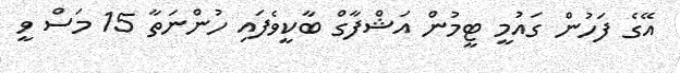
އޭގެ ފަހުން ގައުމީ ޓީމުން އަޝްފާގް ބާކީވެފައި ހުންނަތާ 15 މަސް ވީ